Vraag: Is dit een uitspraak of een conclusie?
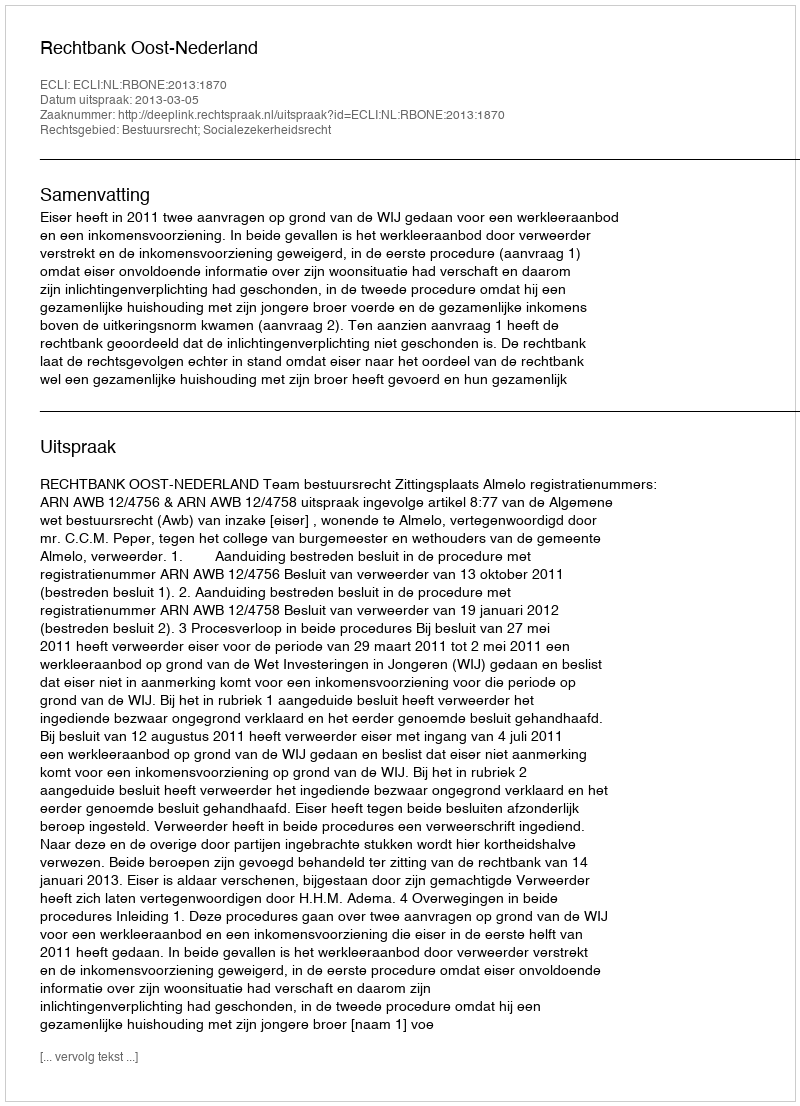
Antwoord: Uitspraak